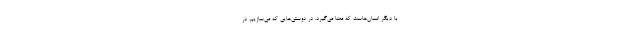
با دیگر انسان‌هاست که معنا می‌گیرد. در دوستی‌هایی که می‌سازیم، در